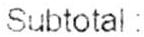
SUBTOTAL :